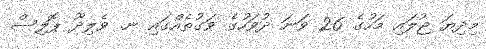
މިދިޔަ ޖުލައި މަހުގެ 26 ވަނަ ދުވަހުގެ ވަގުތެއްގައި ނ. ވެލިދޫ ޕޮލިސް